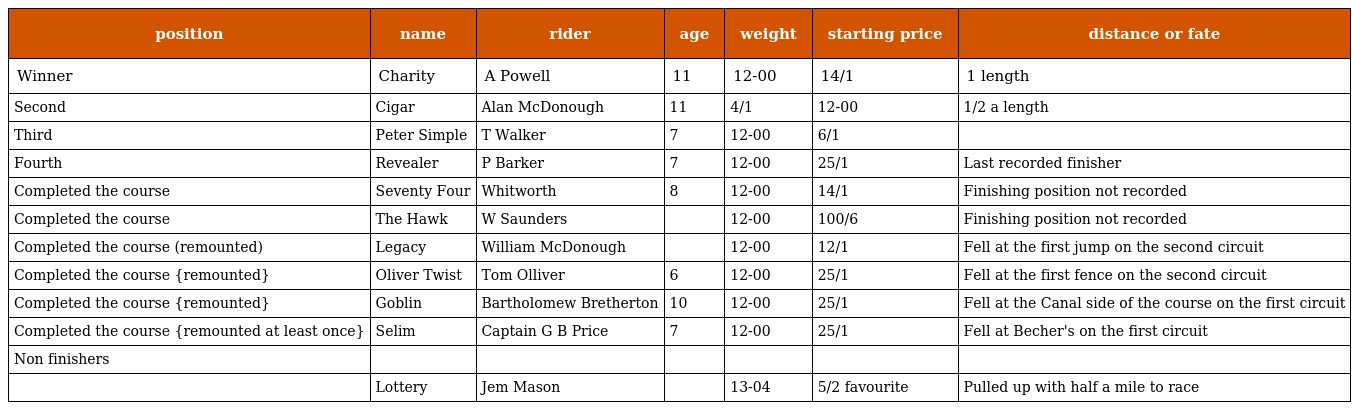
| position | name | rider | age | weight | starting price | distance or fate |
 | --- | --- | --- | --- | --- | --- | --- |
 | Winner | Charity | A Powell | 11 | 12-00 | 14/1 | 1 length |
 | Second | Cigar | Alan McDonough | 11 | 4/1 | 12-00 | 1/2 a length |
 | Third | Peter Simple | T Walker | 7 | 12-00 | 6/1 |  |
 | Fourth | Revealer | P Barker | 7 | 12-00 | 25/1 | Last recorded finisher |
 | Completed the course | Seventy Four | Whitworth | 8 | 12-00 | 14/1 | Finishing position not recorded |
 | Completed the course | The Hawk | W Saunders |  | 12-00 | 100/6 | Finishing position not recorded |
 | Completed the course (remounted) | Legacy | William McDonough |  | 12-00 | 12/1 | Fell at the first jump on the second circuit |
 | Completed the course {remounted} | Oliver Twist | Tom Olliver | 6 | 12-00 | 25/1 | Fell at the first fence on the second circuit |
 | Completed the course {remounted} | Goblin | Bartholomew Bretherton | 10 | 12-00 | 25/1 | Fell at the Canal side of the course on the first circuit |
 | Completed the course {remounted at least once} | Selim | Captain G B Price | 7 | 12-00 | 25/1 | Fell at Becher's on the first circuit |
 | Non finishers |  |  |  |  |  |  |
 |  | Lottery | Jem Mason |  | 13-04 | 5/2 favourite | Pulled up with half a mile to race |